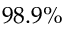
9 8 . 9 \%